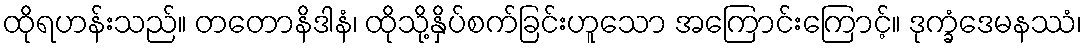
ထိုရဟန်းသည်။ တတောနိဒါနံ၊ ထိုသို့နှိပ်စက်ခြင်းဟူသော အကြောင်းကြောင့်။ ဒုက္ခံဒေမနဿံ၊